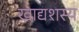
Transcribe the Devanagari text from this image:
खाद्यशस्य